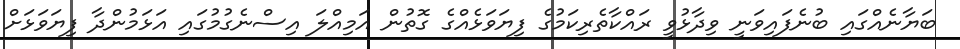
ބަޔާނެއްގައި ބުނެފައިވަނީ ވިދާޅުވީ ރައްކާތެރިކަމުގެ ފިޔަވަޅެއްގެ ގޮތުން އަމިއްލަ އިސްނެގުމުގައި އަޅަމުންދާ ފިޔަވަޅަށް